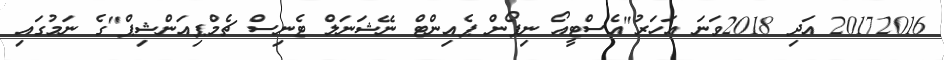
20172016 އަދި 2018ވަނަ އަހަރު"އެސްޓީއޯ ނިޕޯން ޕެއިންޓް ނޭޝަނަލް ޓެނިސް ޗެމްޕިއަންޝިޕް"ގެ ނަމުގައި